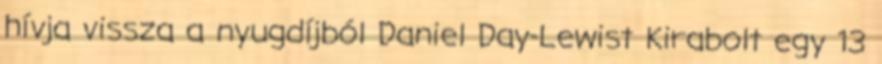
hívja vissza a nyugdíjból Daniel Day-Lewist Kirabolt egy 13